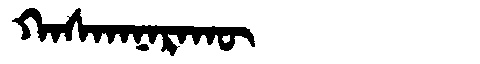
Manchu: ᡴᠠᠰᡴᠠᠨᠠᡵᠠᡴᡡ
Romanization: KASKANARAKŪ